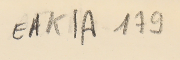
EAK1A - 179